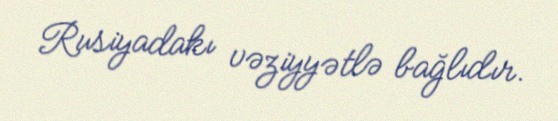
Rusiyadakı vəziyyətlə bağlıdır.